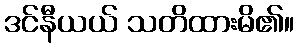
ဒင်နီယယ် သတိထားမိ၏။